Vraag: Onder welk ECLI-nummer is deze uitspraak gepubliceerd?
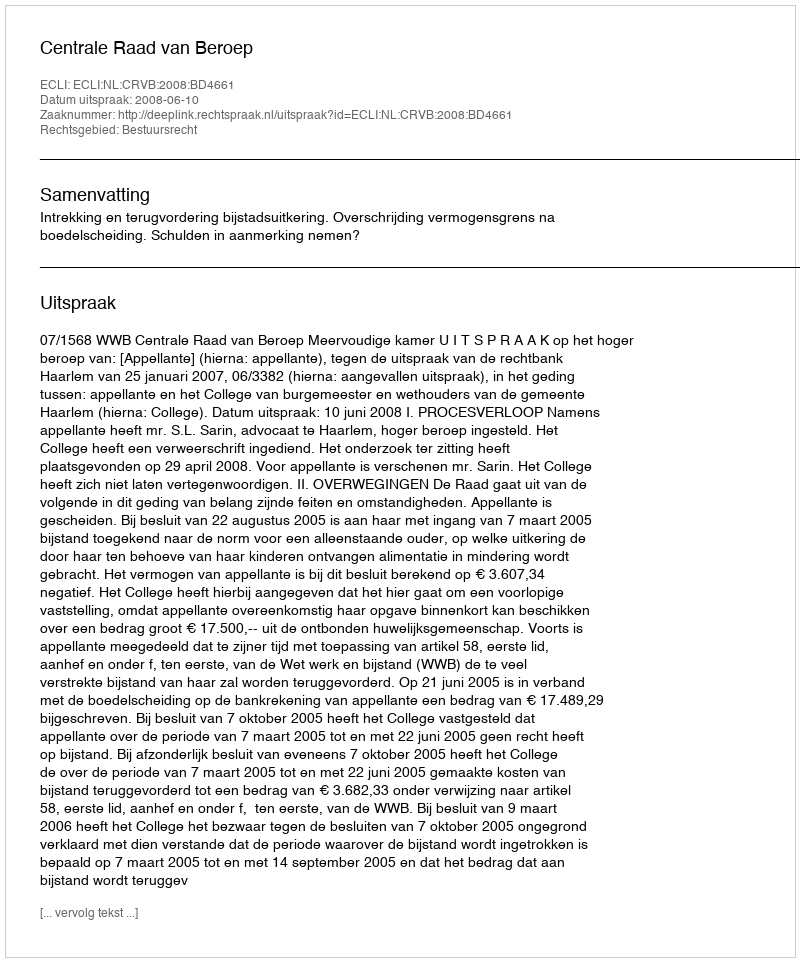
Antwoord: ECLI:NL:CRVB:2008:BD4661